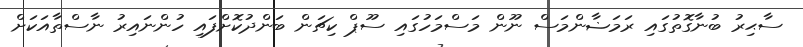
ސާޙިރު ބުނާގޮތުގައި ރަމަޟާންމަސް ނޫން މަސްމަހުގައި ސޫޕް ކިޗަން ބަންދުކޮށްފައި ހުންނައިރު ނާސްތާއަކަށް